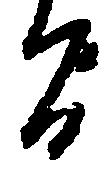
間